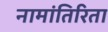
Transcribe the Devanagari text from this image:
नामांतिरिता